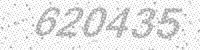
Solution: 620435